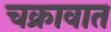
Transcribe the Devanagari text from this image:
चक्रावात